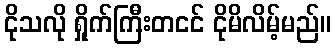
ငိုသလို ရှိုက်ကြီးတငင် ငိုမိလိမ့်မည်။